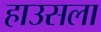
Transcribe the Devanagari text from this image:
हाउसला